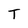
Character: T